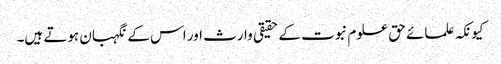
کیونکہ علمائے حق علوم نبوت کے حقیقی وارث اور اس کے نگہبان ہوتے ہیں۔